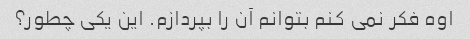
اوه فکر نمی کنم بتوانم آن را بپردازم. این یکی چطور؟